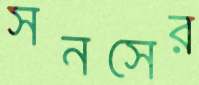
সনসের